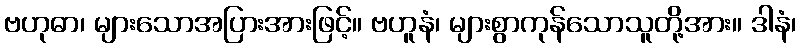
ဗဟုဓာ၊ များသောအပြားအားဖြင့်။ ဗဟူနံ၊ များစွာကုန်သောသူတို့အား။ ဒါနံ၊